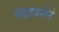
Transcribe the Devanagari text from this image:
स्‍थापनेने